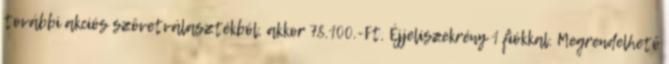
további akciós szövetválasztékból, akkor 78.100.-Ft. Éjjeliszekrény 1 fiókkal. Megrendelhető